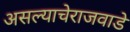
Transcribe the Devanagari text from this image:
असल्याचेराजवाडे